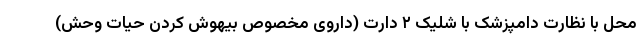
محل با نظارت دامپزشک با شلیک ۲ دارت (داروی مخصوص بیهوش کردن حیات وحش)